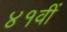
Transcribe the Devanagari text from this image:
४१वीं